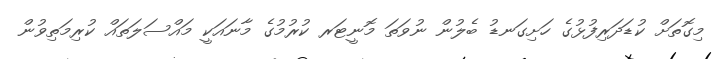
މިގޮތަށް ކުޑަދަރިފުޅުގެ ހަށިގަނޑު ބެލުން ނުވަތަ މޮނީޓަރ ކުރުމުގެ މާނައަކީ މައްސަލަތައް ކުރިމަތިވުން